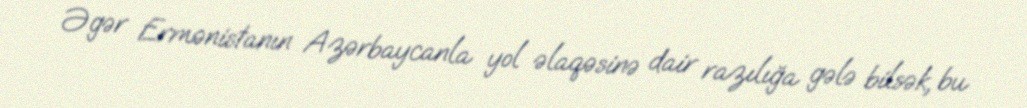
Əgər Ermənistanın Azərbaycanla yol əlaqəsinə dair razılığa gələ bilsək, bu